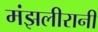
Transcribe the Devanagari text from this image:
मंझलीरानी